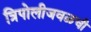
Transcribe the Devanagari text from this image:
त्रिपोलीजवळची